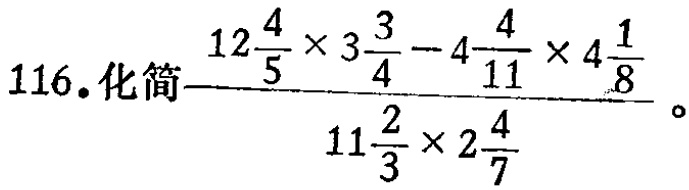
$116.化简\frac{12\frac{4}{5} \times 3\frac{3}{4} - 4\frac{4}{11} \times 4\frac{1}{8}}{11\frac{2}{3} \times 2\frac{4}{7}}。$